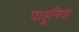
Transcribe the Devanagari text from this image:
पाहुनिया